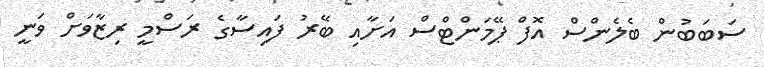
ސަބަބުން ބެލެންސް އޮފް ޕޭމަންޓްސް އަށާއި ބޭރު ފައިސާގެ ރަސްމީ ރިޒާވަށް ވަނީ